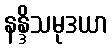
နန္ဒိသမုဒယာ